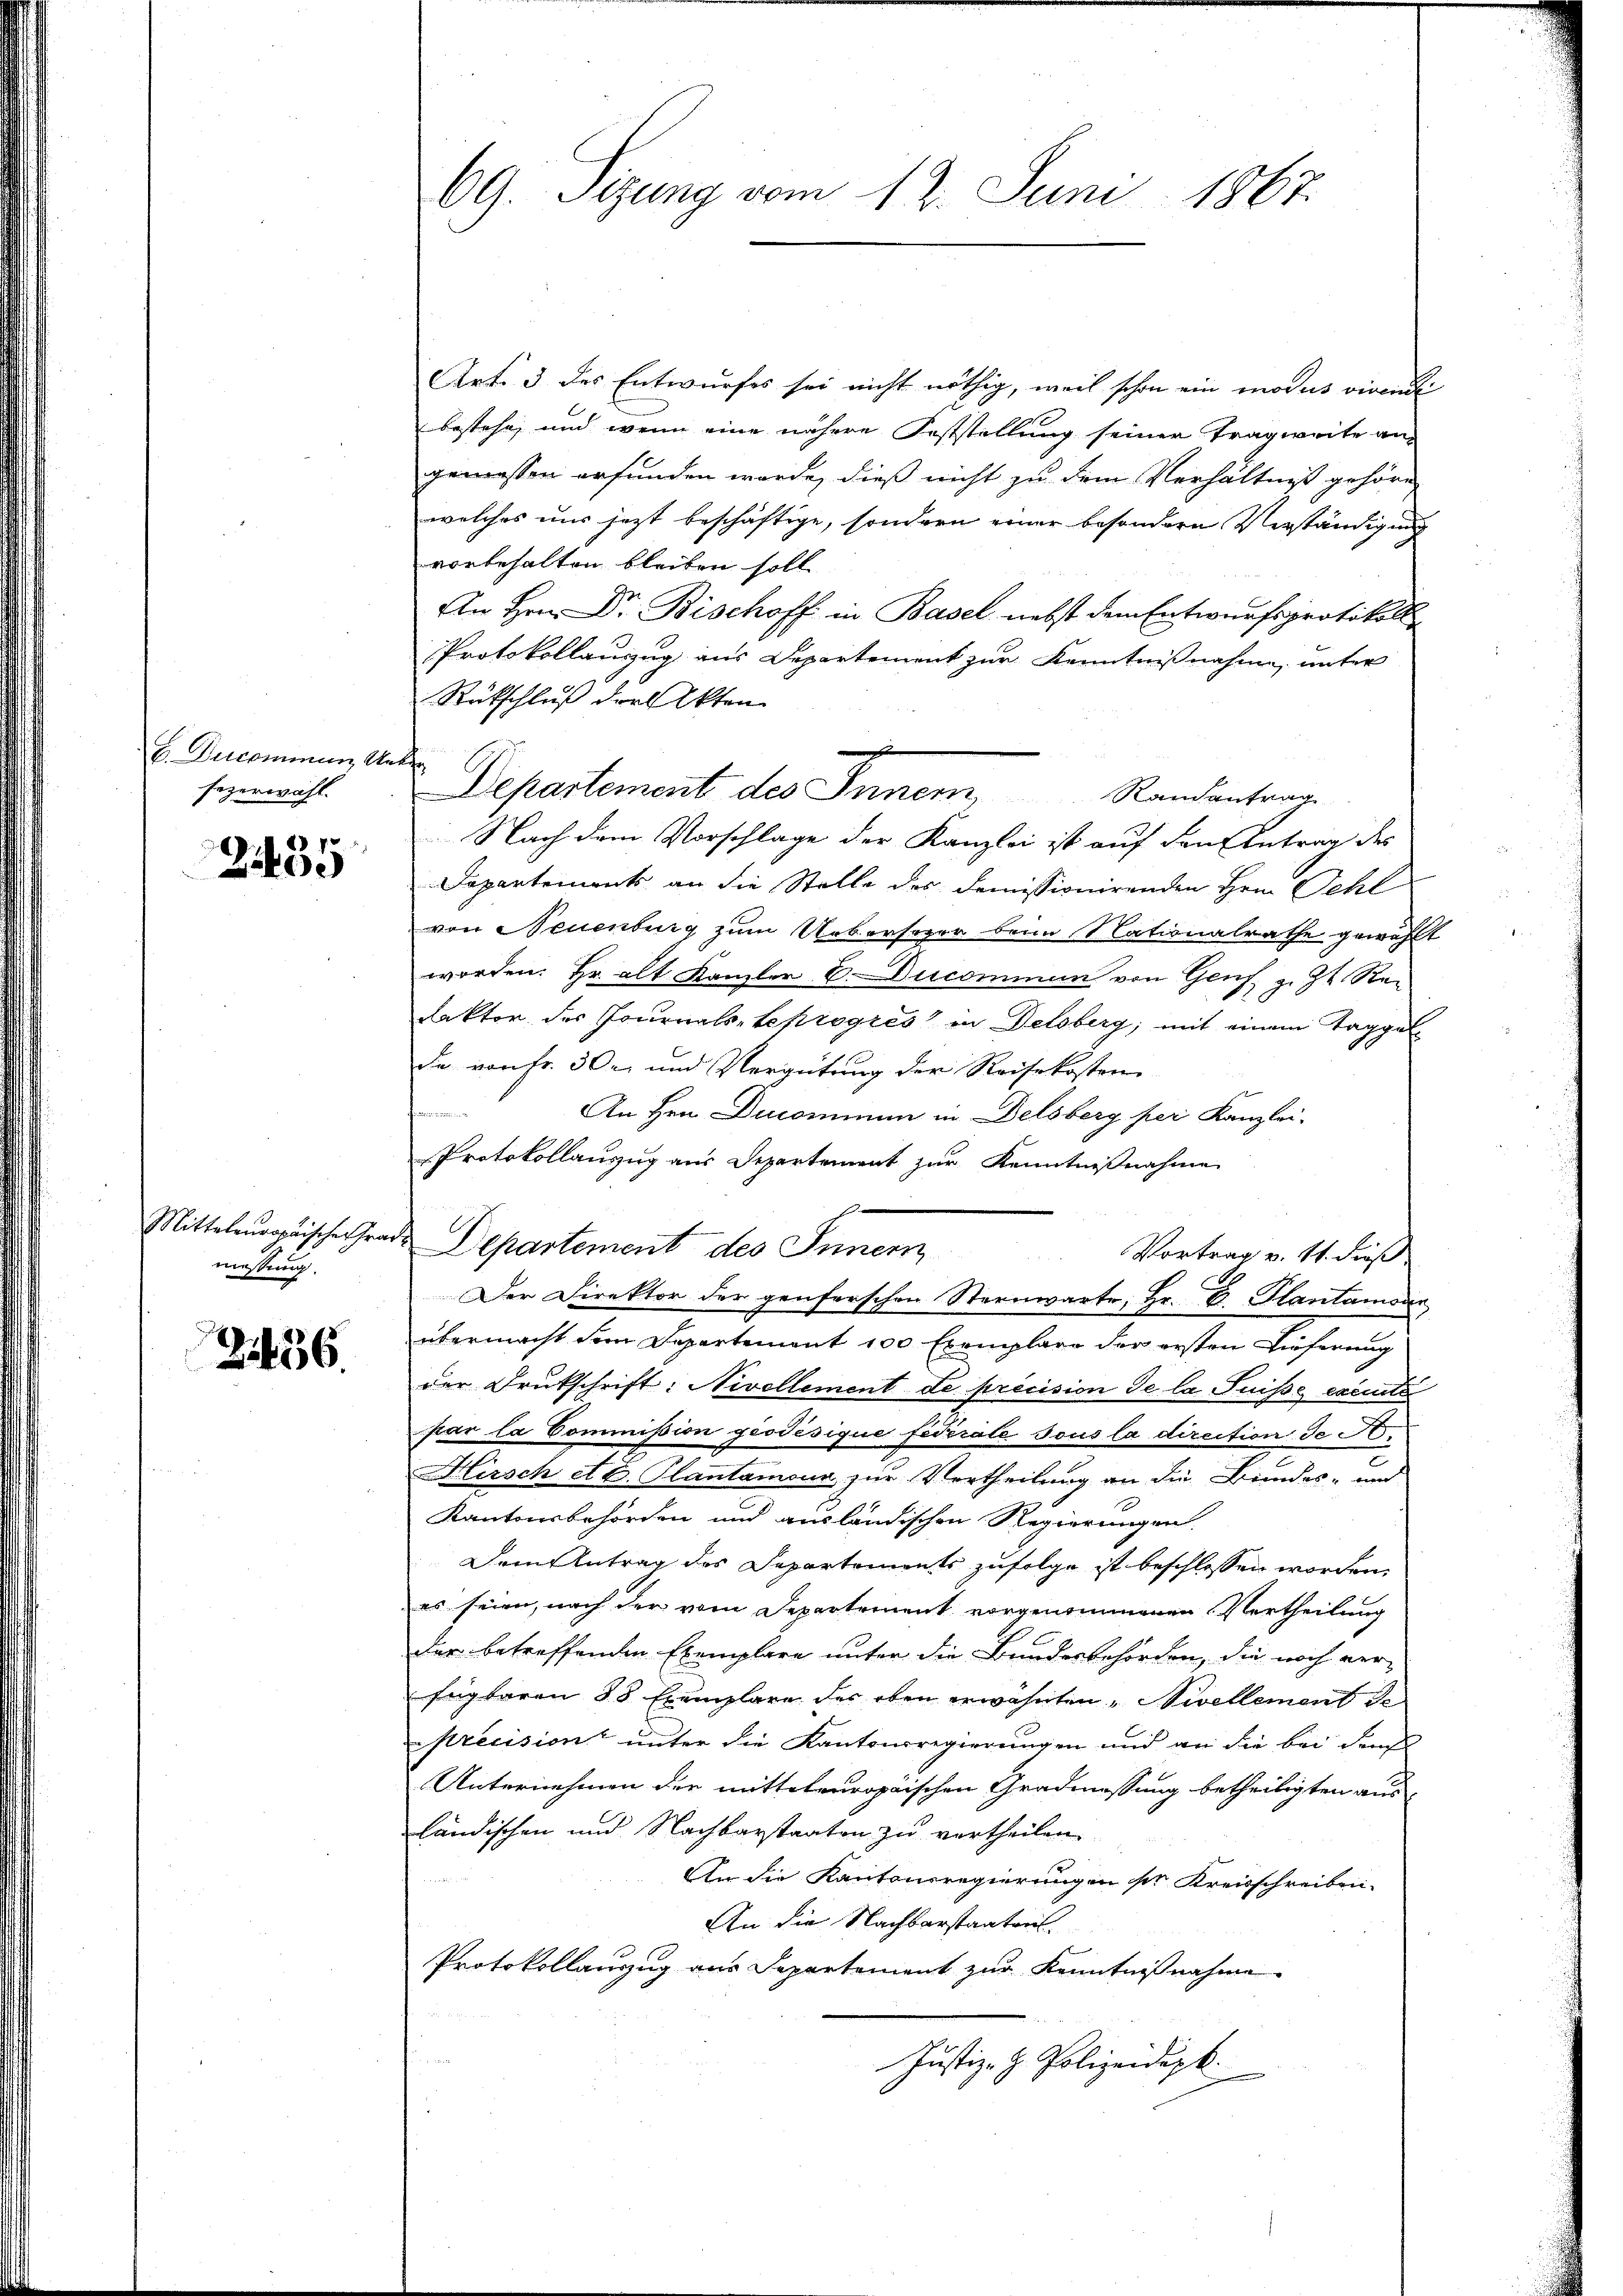
V. Decommung, Unter
Fezerwähl

24435

messung.

2436.

69. Sitzung vom 12. Juni 1867.

Art. 3 des Entwurfes sei nicht nöthig, weil schon ein modus virende
bestehe, und wenn eine nähere Feststellung seiner Tragweite angemessen erfunden werde, dieß nicht zu dem Verhältniß gehöre
welches uns jetzt beschäftige, sondern einer besondere Verständigung
vorbehalten bleiben soll.
An Hrn. Dr. Bischoff in Basel nebst dem Entwurfsprotokoll
Protokollauszug aus Departement zur Kenntnißnahme, unter
Rückschluß der Akten
Nach dem Vorschlage der Kanzlei ist auf den Antrag des
Dapartements an die Stelle des demissionirenden Hrn. Oehl
von Neuenburg zum Uebersezer beim Nationalrathe gewählt
worden. Hr. alt Kanzler C. Ducommun von Genf z. Zt. Re¬
Rektor der Journalsteprogres in Delsberg, mit einem Taggelde von Fr. 30. und Vergütung der Reisekosten
An Hrn. Ducominum in Delsberg per Kanzlei-
Protokollauszug aus Departement zur Kenntnißnahme
Mittelungsische Grade Departement des Innern Vortrag v. 11. dieß:
Der Direktor der genferschen Sternwarte, Hr. C. Hantamsen
übermacht dem Departement 100 Exemplare der ersten Lieferung
der Drukschrift: Nivellement de précision de la Puisse exemte
par la Commission geodésique fédérale Tous la direction de J.
Kirsch et C. Plantamour zur Vertheilung an die Beindes- und
Kantonsbehörden und ausländischen Regierungen.
Dem Antrag des Departements zufolge ist beschlossen worden.
es seien, nach der vom Departement vorgenommenen Vertheilung
der betreffenden Exemplare unter die Bundesbehörden, die noch ver-
fügbaren 18 Exemplare der eben erwähnten Nivellement de
Mrecision unter die Kantonsregierungen und an die bei densel
Unternehmen der mitteleuropaischen Gradmessung betheiligten aus
ländischen und Nachbarstaaten zu vertheilen.
An die Kantonsregierungen sr Kreisschreiben.
An die Nachbarstaatent
Protokollauszug aus Departement zur Kenntnißnahme
Justiz- & Polizeidigk

l

m
Departement des Innem Randantrag